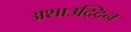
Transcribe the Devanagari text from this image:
अशाउद्दिन